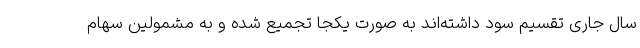
سال جاری تقسیم سود داشته‌اند به صورت یکجا تجمیع شده و به مشمولین سهام